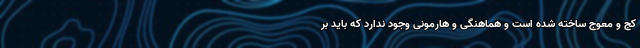
کج و معوج ساخته شده است و هماهنگی و هارمونی وجود ندارد که باید بر